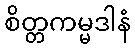
စိတ္တကမ္မဒါနံ